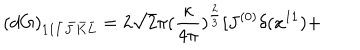
LaTeX: ( d G ) _ { 1 1 \bar { I } \bar { J } \bar { K } \bar { L } } = 2 \sqrt { 2 } \pi ( \frac { \kappa } { 4 \pi } ) ^ { \frac { 2 } { 3 } } [ J ^ { ( 0 ) } \delta ( x ^ { 1 1 } ) +